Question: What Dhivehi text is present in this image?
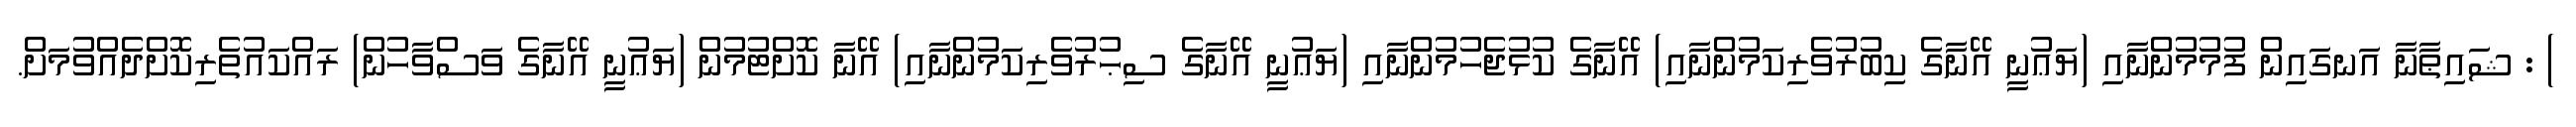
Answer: ) : ޝައިޠާނާ އަނގައިން ފުމުމުންނާއި (ޔަޢުނީ އޭނާގެ ކިބުރުވެރިކަމުންނާއި) އޭނާގެ ކުޅުޖެހުމުންނާއި (ޔަޢުނީ އޭނާގެ ސިޙުރުވެރިކަމުންނާއި) އޭނާ ކޮށްޓުމުން (ޔަޢުނީ އޭނާގެ ވަސްވާހުން) ރައްކައުތެރިކޮށްދެއްވުމަށް.